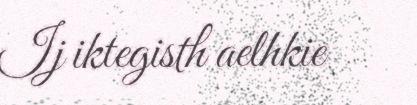
Ij iktegisth aelhkie